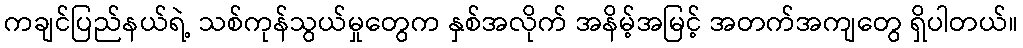
ကချင်ပြည်နယ်ရဲ့ သစ်ကုန်သွယ်မှုတွေက နှစ်အလိုက် အနိမ့်အမြင့် အတက်အကျတွေ ရှိပါတယ်။